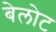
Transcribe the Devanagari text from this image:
बेलोट